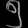
Digit: ၅